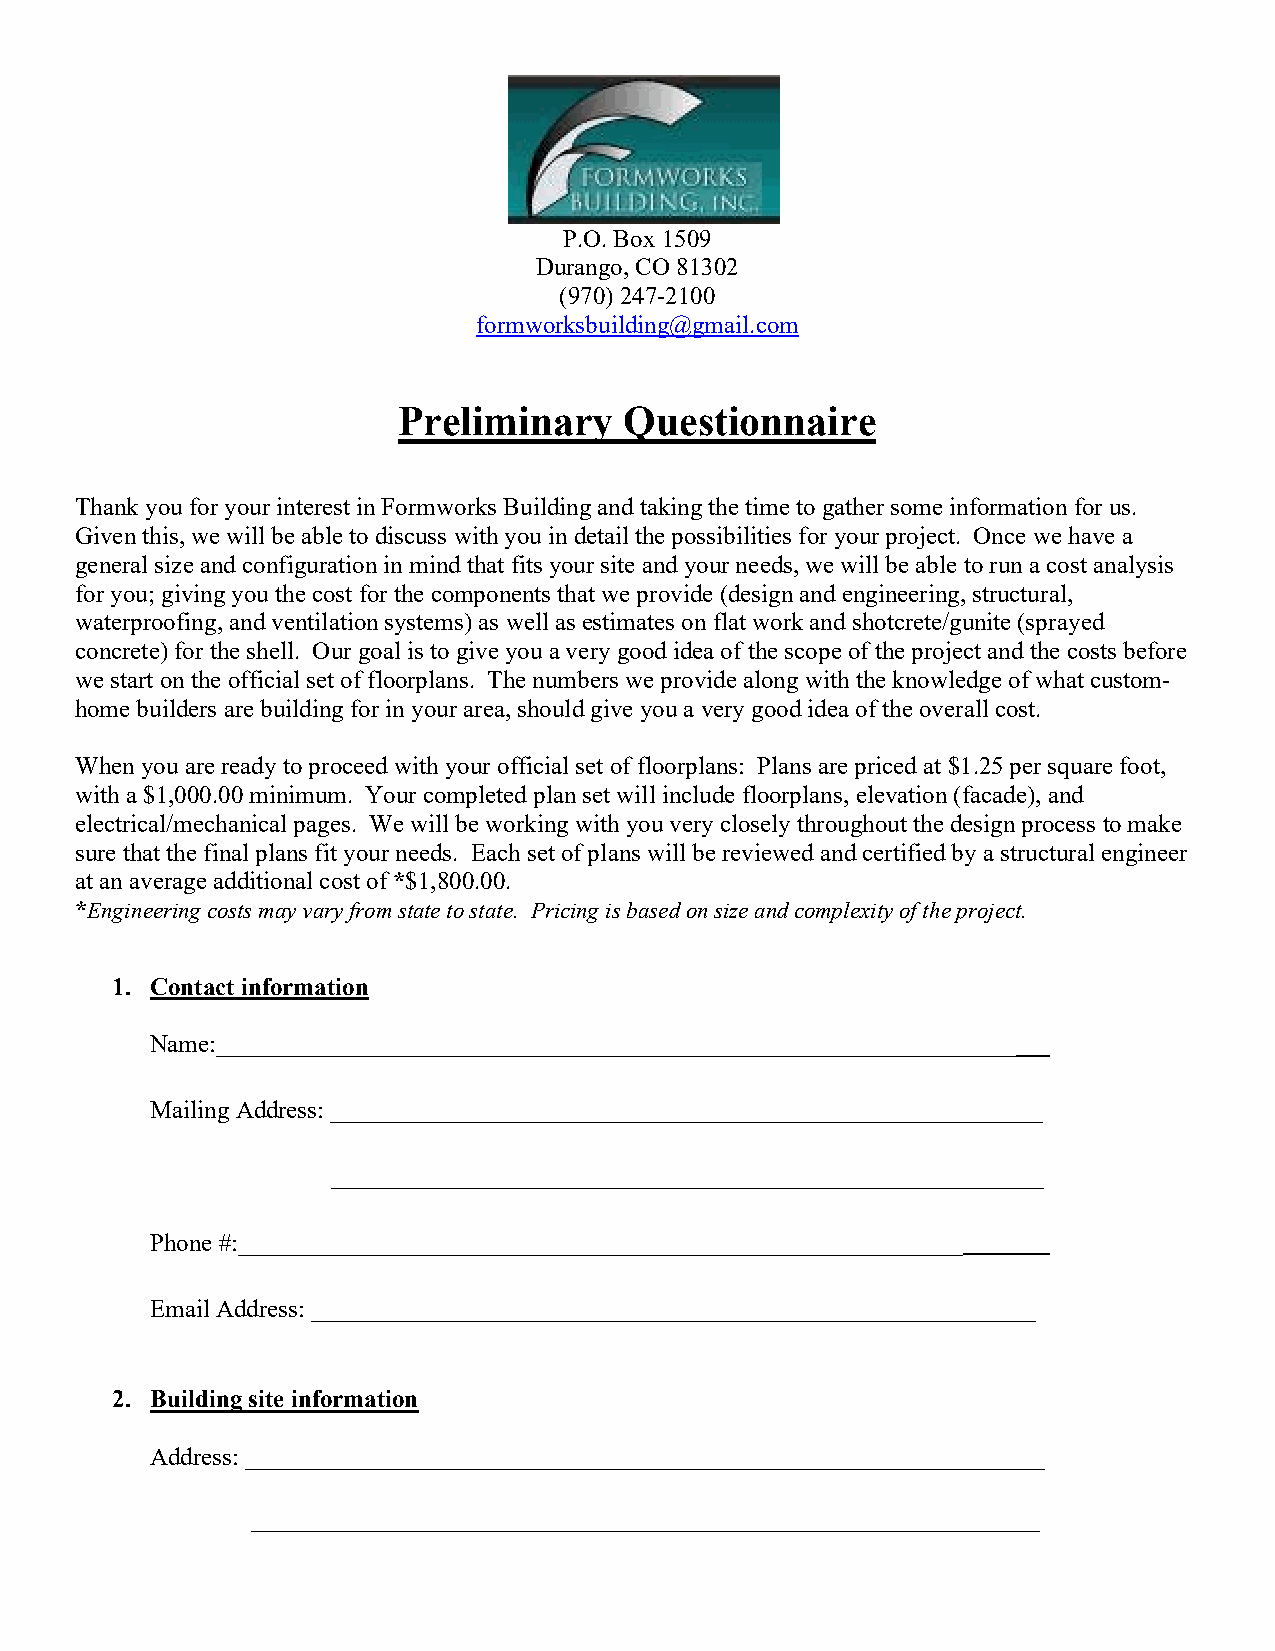
P.O. Box 1509
 Durango, CO 81302
 (970) 247-2100
 formworksbuilding@gmail.com
 Preliminary    Questionnaire
 Thank you for your interest in Formworks Building and taking the time to gather some information for us.
 Given this, we will be able to discuss with you in detail the possibilities for your project. Once we have a
 general size and configuration in mind that fits your site and your needs, we will be able to run a cost analysis
 for you; giving you the cost for the components that we provide (design and engineering, structural,
 waterproofing, and ventilation systems) as well as estimates on flat work and shotcrete/gunite (sprayed
 concrete) for the shell. Our goal is to give you a very good idea of the scope of the project and the costs before
 we start on the official set of floorplans. The numbers we provide along with the knowledge of what custom-
 home builders are building for in your area, should give you a very good idea of the overall cost.
 When you are ready to proceed with your official set of floorplans: Plans are priced at $1.25 per square foot,
 with a $1,000.00 minimum. Your completed plan set will include floorplans, elevation (facade), and
 electrical/mechanical pages. We will be working with you very closely throughout the design process to make
 sure that the final plans fit your needs. Each set of plans will be reviewed and certified by a structural engineer
 at an average additional cost of *$1,800.00.
 *Engineering costs may vary from state to state. Pricing is based on size and complexity of the project.
 1. Contact information
 Name:________________________________________________________________
 Mailing Address: _________________________________________________________
 _________________________________________________________
 Phone #:__________________________________________________________
 Email Address: __________________________________________________________
 2. Building site information
 Address: ________________________________________________________________
 ______________________________________________________